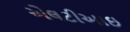
એલટીઆઇ